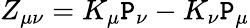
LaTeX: Z_{\mu\nu}=K_{\mu}\mathtt{P}_{\nu}-K_{\nu}\mathtt{P}_{\mu}